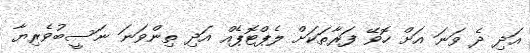
އަދި ދެ ވަނަ އަށް ހޮވޭ ފަރާތަކަށް ލެޕްޓޮޕެއް އަދި ތިންވަނަ ނަސީބުވެރިޔާ